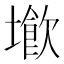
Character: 𡑨